Report on plague in the Punjab from October 1st ... to September 30th ..., being the ... season of plague in the province
Disease focus: Plague
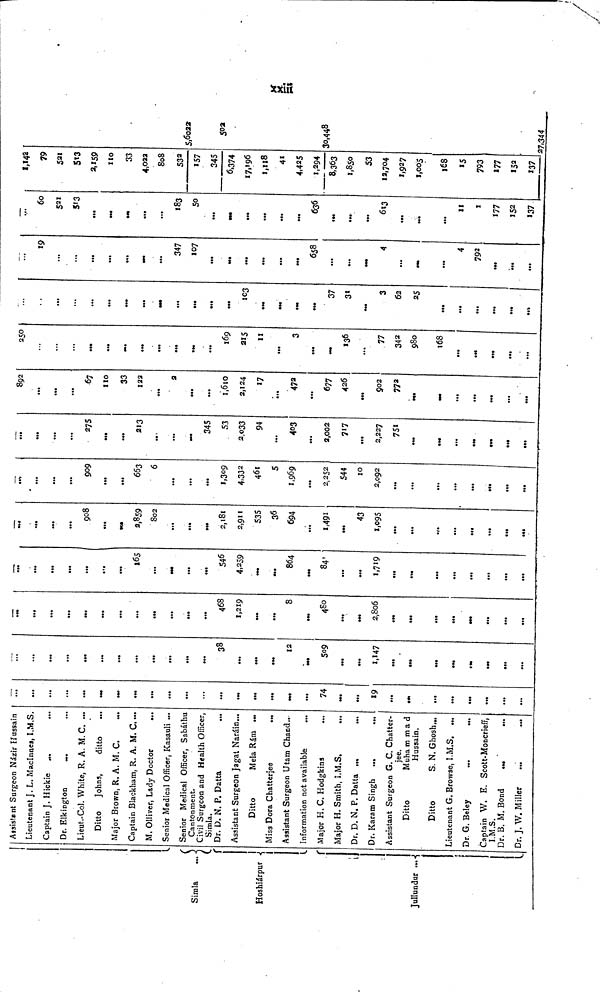
Simla
Hoshiárpur
Jullundur
Assistant Surgeon Názir Hussaín
Lieutenant J. L. Maclnnes, I.M.S.
Captain J. Hickie ...
Dr. Elkington
Lieut-Col. White, R. A. M. C. ...
Ditto
Johns,
ditto
Major Brown, R. A. M. C.
Captain Blackham, R. A. M. C....
M. Olliver, Lady Doctor
...
Senior Medical Officer, Kasauli ...
Senior Medical Officer, Sabáthu
Cantonment.
Civil Surgeon and Health Officer,
Simla.
Dr. D. N. P. Datta
Assistant Surgeon Jagat Naráin...
Ditto
Mela Rám. ...
Miss Dora Chatterjee
...
Assistant Surgeon Utam Chand...
Information not available
...
Major H. C. Hodgkins
Major H. Smith, I.M.S.
Dr. D. N. P. Datta
.
Dr. Karam Singh
...
...
Assistant Surgeon G. C. Chatter-
jee.
Ditto
Muha m m a d
Hussain.
Ditto
S. N. Ghosh...
Lieutenant G. Browse, I.M.S. ...
Dr. G. Beley
Captain W. E. Scott-Moncrieff,
I.M.S.
Dr. B. M. Bond
.
Dr. J. W. Miller
...
...
...
...
...
...
...
...
...
...
...
•
...
...
...
74
...
...
19
...
••
...
...
...
...
...
...
...
...
...
...
...
...
.
...
...
...
...
38
•••
•••
••
12
509
...
...
1,147
...
...
.
...
...
...
...
...
...
...
...
...
468
1,219
...
8
•••
480
...
2,806
.
...
...
...
...
...
...
...
...
.
...
165
...
...
4,259
...
864
84'
...
...
1,719
...
...
...
...
...
...
...
...
...
908
...
2,859
802
...
2,l8l
2,911
535
36
694
...
1,491
43
1,095
...
...
.
...
...
...
...
....
...
...
909
...
...
663
6
...
...
1,309
4.332
461
5
1,969
...
2,252
544
10
2,092
...
...
•
...
...
...
...
...
...
...
...
275
...
...
213
...
...
345
53
2,033
94
...
403
...
2,002
717
...
2,227
751
...
• ••
...
892
...
...
...
67
110
33
122
...
2
•••
...
1,610
2,124
17
...
472
...
677
426
...
902
772
...
...
...
...
...
250
...
...
...
...
...
...
...
169
215
11
...
3
136
...
77
342
980
168
...
...
...
...
...
...
...
...
...
...
...
...
103
..*
37
31
3
62
25
...
...
...
...
...
...
19
...
...
...
...
...
...
347
107
.
...
...
...
...
658
...
...
4
...
4
792
•e«
...
...
....
60
521
513
...
...
...
...
183
50
...
...
...
...
636
...
• ••
...
11
1
177
152
137
1,142
79
521
513
2,159
110
33
4,022
808
532
157
345
6,374
17,196
1,118
41
4,425
1,294
8,363
1,850
53
12,704
1,927
1,005
168
15
793
177
152
137
5,6022
30,448
27,344
xxiii